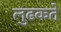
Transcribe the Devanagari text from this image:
लुढकते